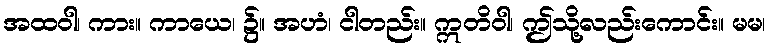
အထဝါ၊ ကား။ ကာယေ၊ ၌။ အဟံ၊ ငါတည်း။ ဣတိဝါ၊ ဤသို့လည်းကောင်း။ မမ၊